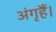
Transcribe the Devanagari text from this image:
अंगृहैं।